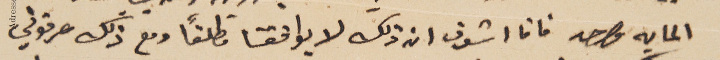
المايه واحد فانا اشوف ان ذلك لا يوافقنا مطلقاً ومع ذلك عرفوني